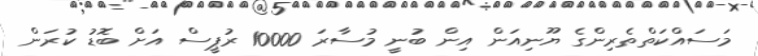
މަސައްކަތްތެރިންގެ ޔޫނިއަން އިން ބުނީ މުސާރަ 10000 ރުޕީސް އަށް ބޮޑު ކުރަން